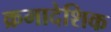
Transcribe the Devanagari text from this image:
क्रमादेशिक